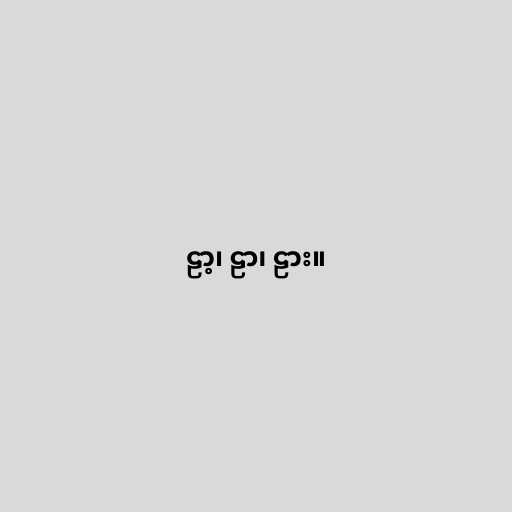
ဠာ့၊ ဠာ၊ ဠား။